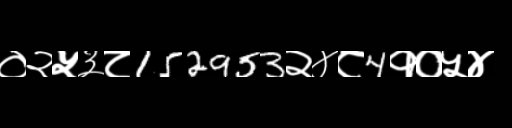
Text: ०२५३८152953२४८4१०५४